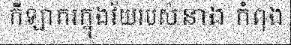
កីឡាករក្នុងវ័យរបស់នាង កំពុង